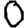
Digit: 0